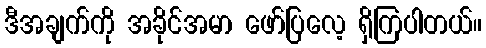
ဒီအချက်ကို အခိုင်အမာ ဖော်ပြလေ့ ရှိကြပါတယ်။